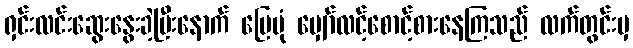
ရှင်းလင်းဆွေးနွေးခဲ့ပြီးနောက် မြေပုံ မျှော်လင့်စောင့်စားနေကြသည် လက်တွင်းမှ